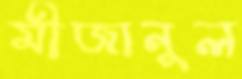
মীজানুল